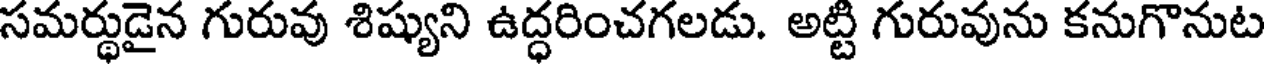
సమర్థుడైన గురువు శిష్యుని ఉద్ధరించగలడు. అట్టి గురువును కనుగొనుట